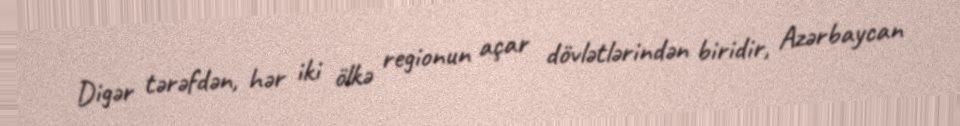
Digər tərəfdən, hər iki ölkə regionun açar dövlətlərindən biridir, Azərbaycan